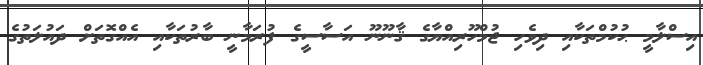
އިސްލާމީ ޙުކުމްތަކާއި ދިވެހި ޖުމްހޫރިއްޔާގެ ޤާނޫނޫ އަސާސީގެ ފުރަމާނީ ބާރުތަކާއި އެއްގޮތަށް ދައުލަތުގެ